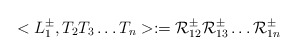
\begin{align*}<L^{\pm}_{1},T_{2}T_{3}\ldots T_{n}> :={\cal R}^{\pm}_{12}{\cal R}^{\pm}_{13}\ldots{\cal R}^{\pm}_{1n}\end{align*}